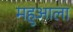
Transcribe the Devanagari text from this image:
महुआला